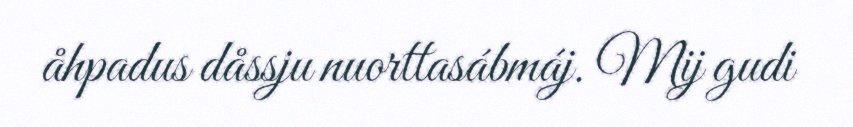
åhpadus dåssju nuorttasábmáj. Mij gudi